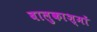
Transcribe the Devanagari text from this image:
बालुकाश्मों